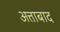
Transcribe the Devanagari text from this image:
अत्ताबाद